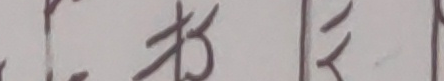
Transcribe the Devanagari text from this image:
के